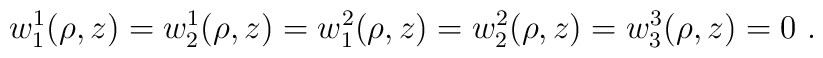
w_1^1(\rho,z)=w_2^1(\rho,z)=w_1^2(\rho,z)=		   w_2^2(\rho,z)=w_3^3(\rho,z)=0 \ .